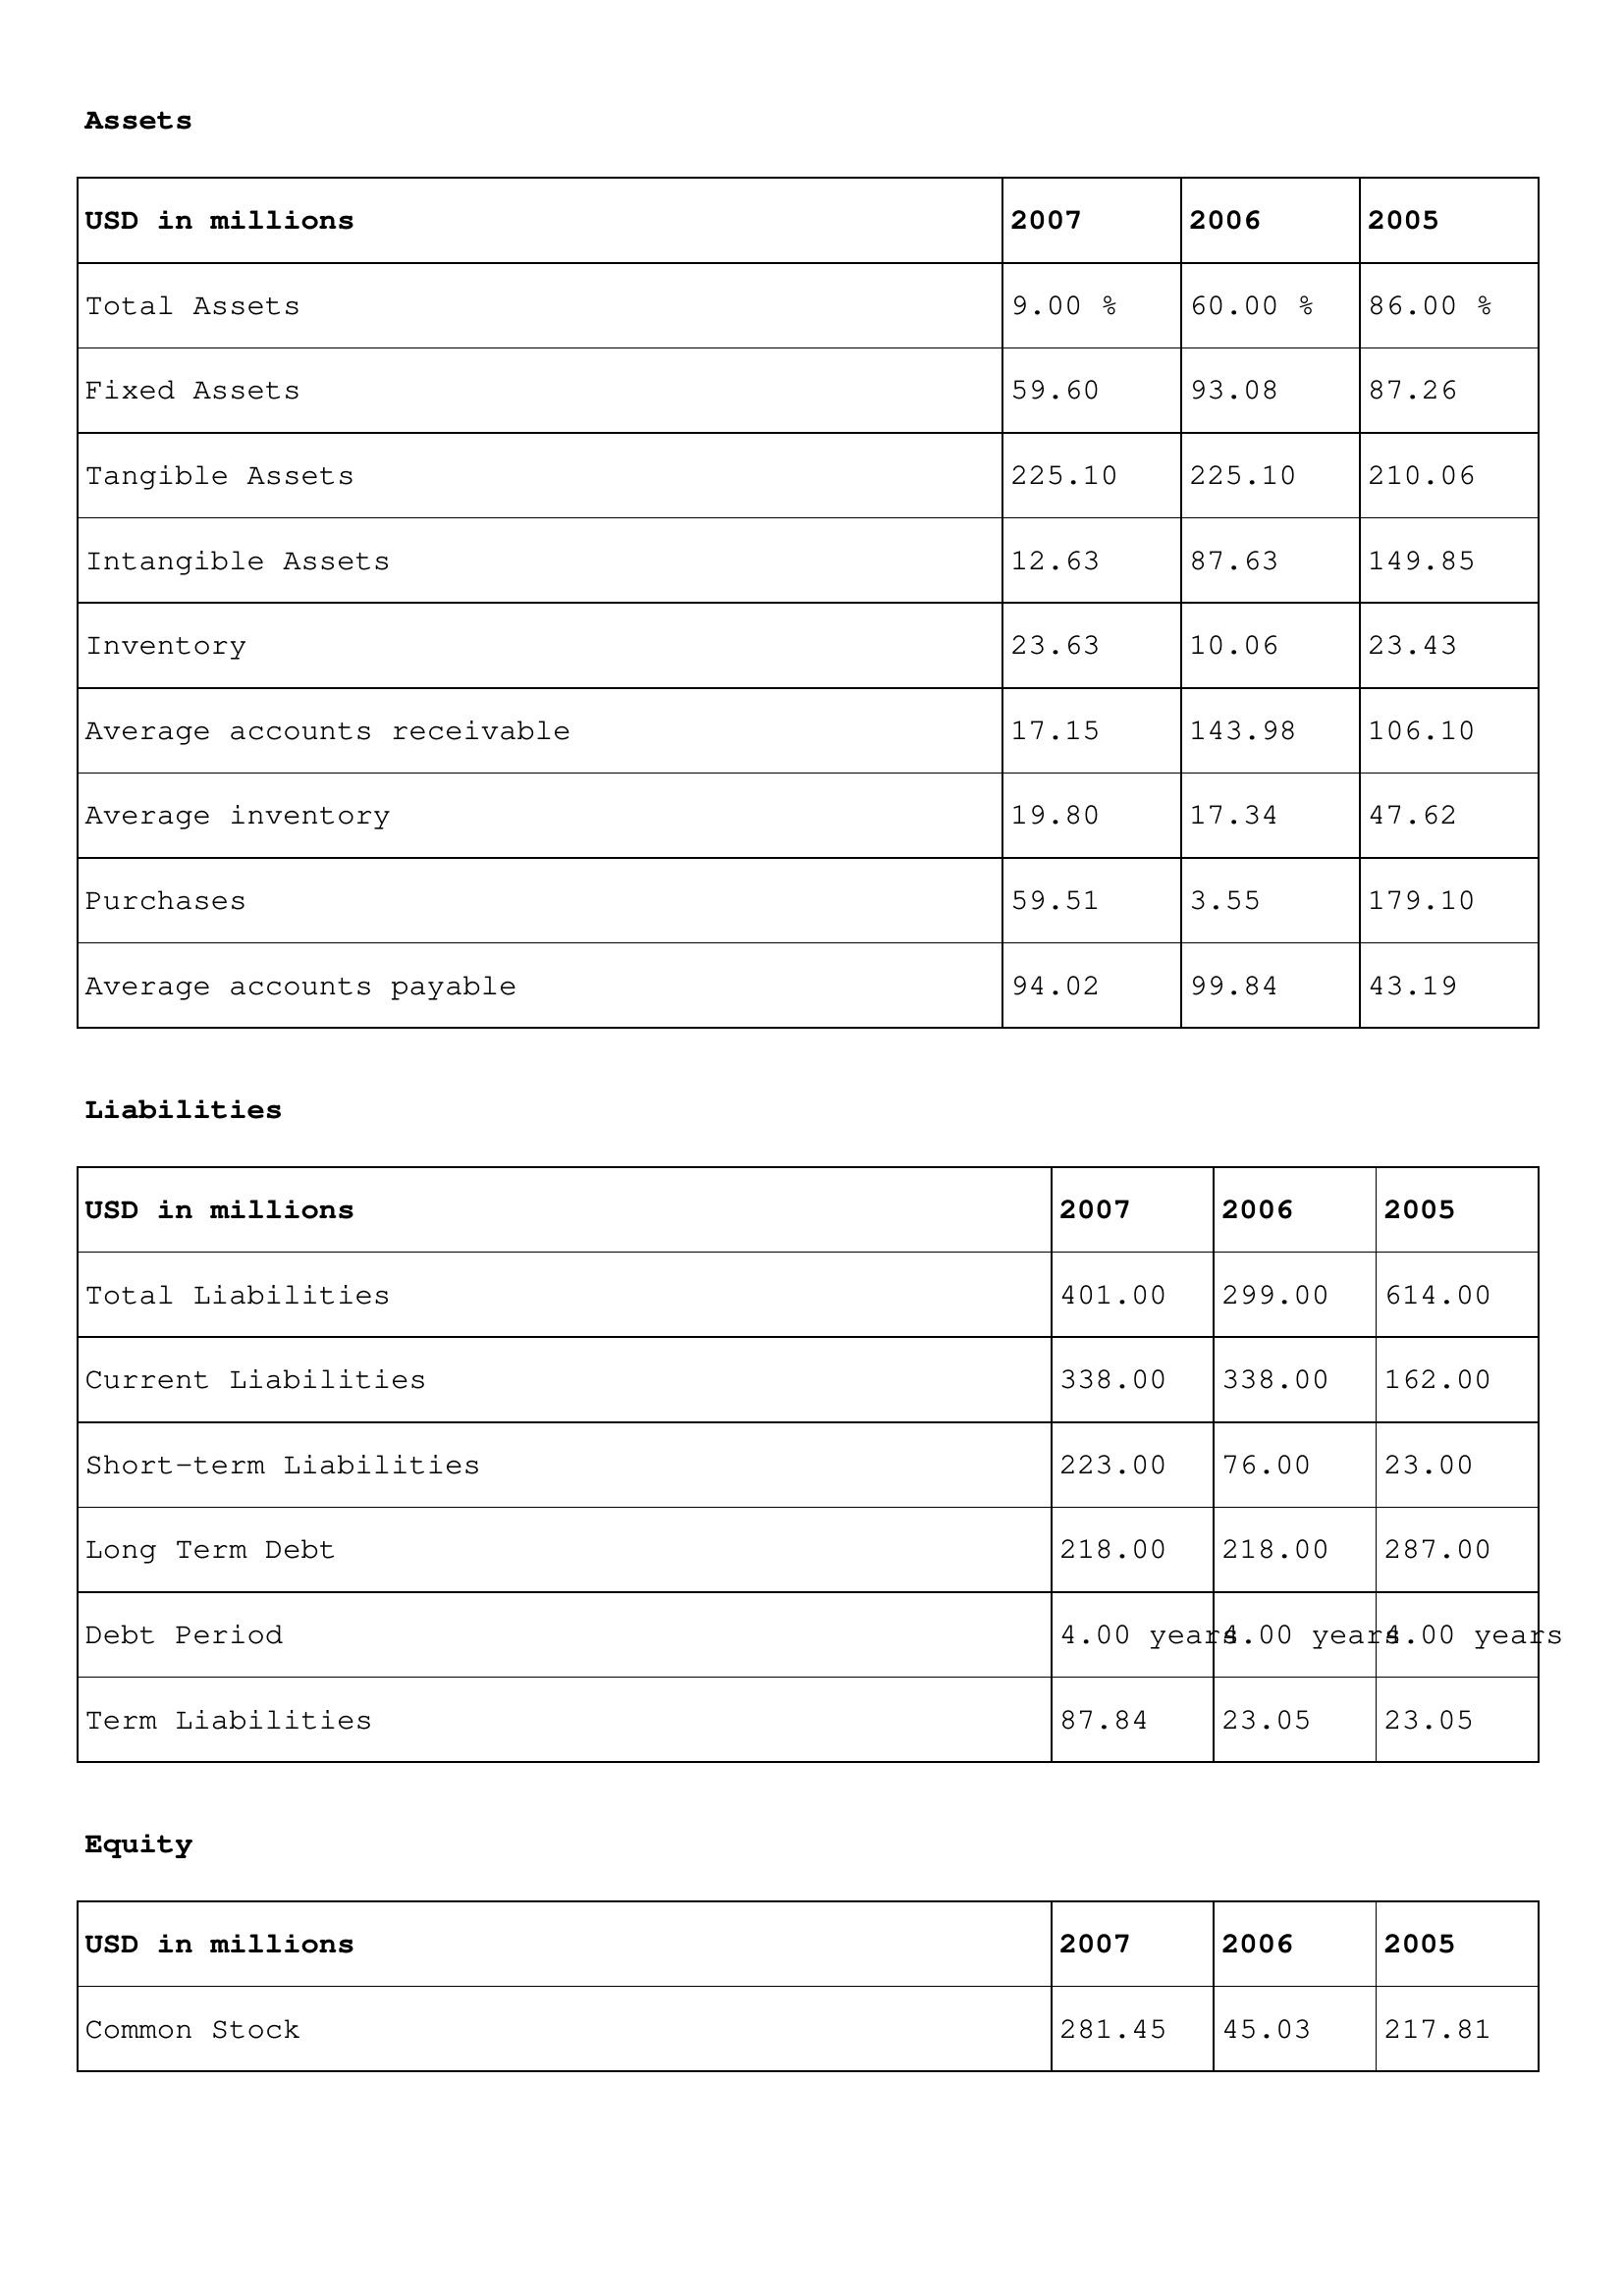
gt_parse: 2007: Assets: Total Assets: 9.00 %
Fixed Assets: 59.60
Tangible Assets: 225.10
Intangible Assets: 12.63
Inventory: 23.63
Average accounts receivable: 17.15
Average inventory: 19.80
Purchases: 59.51
Average accounts payable: 94.02
Liabilities: Total Liabilities: 401.00
Current Liabilities: 338.00
Short-term Liabilities: 223.00
Long Term Debt: 218.00
Debt Period: 4.00 years
Term Liabilities: 87.84
Equity: Common Stock: 281.45
2006: Assets: Total Assets: 60.00 %
Fixed Assets: 93.08
Tangible Assets: 225.10
Intangible Assets: 87.63
Inventory: 10.06
Average accounts receivable: 143.98
Average inventory: 17.34
Purchases: 3.55
Average accounts payable: 99.84
Liabilities: Total Liabilities: 299.00
Current Liabilities: 338.00
Short-term Liabilities: 76.00
Long Term Debt: 218.00
Debt Period: 4.00 years
Term Liabilities: 23.05
Equity: Common Stock: 45.03
2005: Assets: Total Assets: 86.00 %
Fixed Assets: 87.26
Tangible Assets: 210.06
Intangible Assets: 149.85
Inventory: 23.43
Average accounts receivable: 106.10
Average inventory: 47.62
Purchases: 179.10
Average accounts payable: 43.19
Liabilities: Total Liabilities: 614.00
Current Liabilities: 162.00
Short-term Liabilities: 23.00
Long Term Debt: 287.00
Debt Period: 4.00 years
Term Liabilities: 23.05
Equity: Common Stock: 217.81